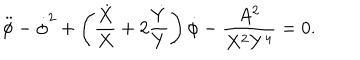
\ddot { \phi } - \dot { \phi } ^ { 2 } + \left( \frac { \dot { X } } X + 2 \frac { \dot { Y } } Y \right) \dot { \phi } - \frac { A ^ { 2 } } { X ^ { 2 } Y ^ { 4 } } = 0 .